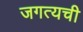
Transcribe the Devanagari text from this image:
जगत्यची